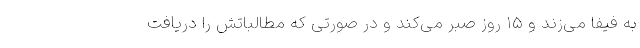
به فیفا می‌زند و ۱۵ روز صبر می‌کند و در صورتی که مطالباتش را دریافت